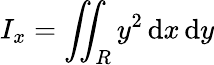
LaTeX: I_{x}=\iint_{R}y^{2}\, \mathrm{d}x\, \mathrm{d}y